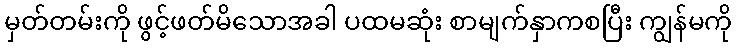
မှတ်တမ်းကို ဖွင့်ဖတ်မိသောအခါ ပထမဆုံး စာမျက်နှာကစပြီး ကျွန်မကို